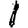
Digit: 1